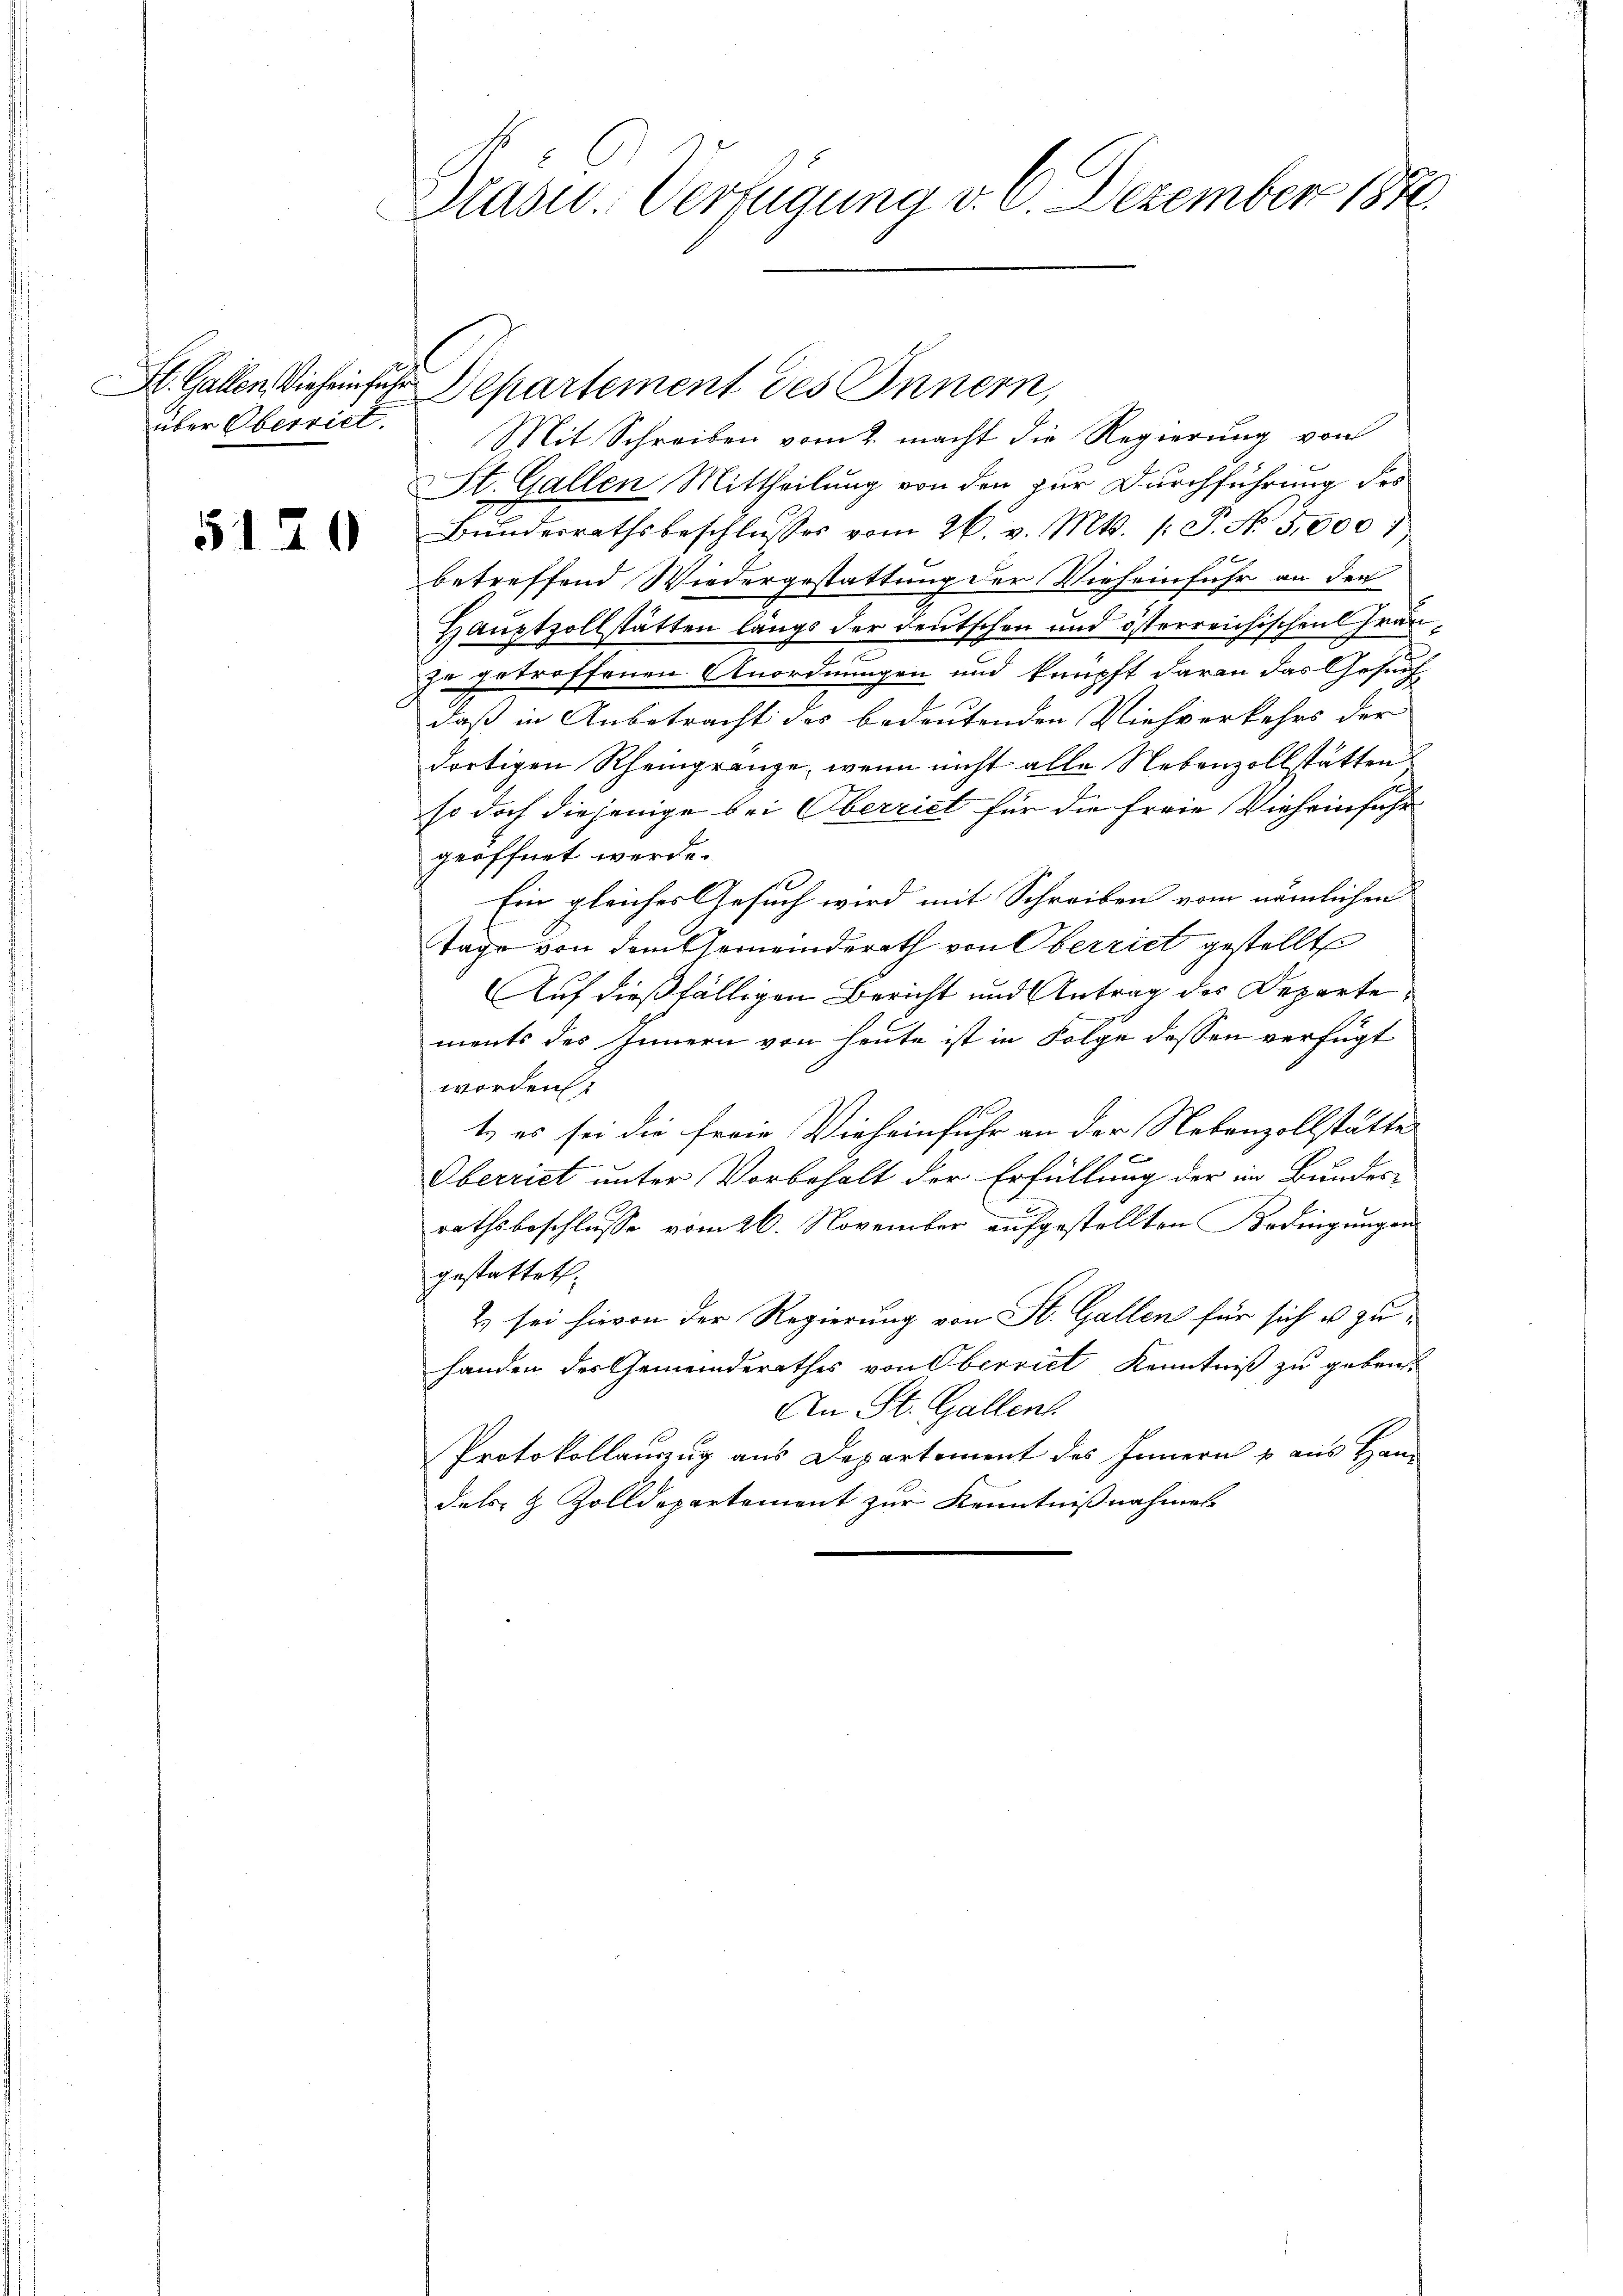
5120

Dlasu-Verfügung v. 2. Dezember 1872.

über Oberriet. Mit Schreiben vom 2. macht die Regierung von
St. Gallen Mittheilung von den zur Durchführung des
Bundesrathsbeschlusses vom 26. v. Mts. 1. P. No 5,000
betreffend Wiedergestattung der Viehseinfuhr an den
Hauptzollstätten längs der Deutschen und österreichischen Grauzu getroffenen Anordnungen und knüpft daran das Gesuch
daß in Anbetracht des bedeutenden Viehverkehrs der
dortigen Rheingränze, wenn nicht alle Nebenzollstätten
so doch diejenige bei Oberriet für die Freie Vieheinfuhr
geöffnet werde.
e
Ein gleiches Gesuch wird mit Schreiben vom nämlichen |
Tage von dem Gemeinderath von Oberriet gestellt
Auf dießfälligen Bericht und Antrag des Departements des Innern von heute ist in Folge dessen verfügt
worden
t. es sei die freie Vieheinfuhr an der Nebenzollstätte
f 4 x
Oberriet unter Vorbehalt der Erfüllung der im Bundes-
rathsbeschlusse vom 26. November aufgestellten Bedingungen
gestattet.
& sei hievon der Regierung von St. Gallen für sich u. zuhanden des Gemeinderathes von Oberviet Kenntniß zu geben.
An St. Gallen.
Protokollauszug aus Departement des Innern u aus Han
dels- & Zolldepartement zur Kenntnißnahmess

St. Gallen, Vieheinfuhr Departement des Innern,